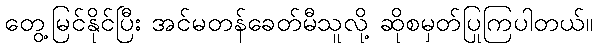
တွေ့မြင်နိုင်ပြီး အင်မတန်ခေတ်မီသူလို့ ဆိုစမှတ်ပြုကြပါတယ်။